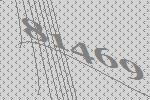
81469